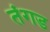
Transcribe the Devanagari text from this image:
तंगड